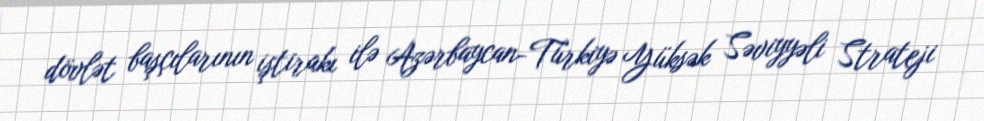
dövlət başçılarının iştirakı ilə Azərbaycan-Türkiyə Yüksək Səviyyəli Strateji